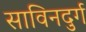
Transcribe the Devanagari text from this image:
साविनदुर्ग